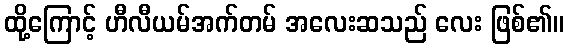
ထို့ကြောင့် ဟီလီယမ်အက်တမ် အလေးဆသည် လေး ဖြစ်၏။